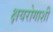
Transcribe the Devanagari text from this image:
क्षयरोगाशी